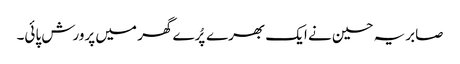
صابریہ حسین نے ایک بھرے پُرے گھر میں پرورش پائی۔